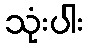
သုံးပါး